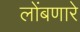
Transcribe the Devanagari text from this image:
लोंबणारे